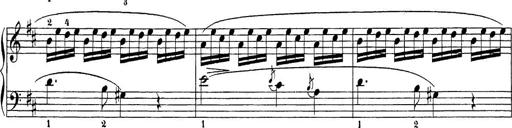
Title: Sonatina Album
Composer: Louis KÃ¶hler